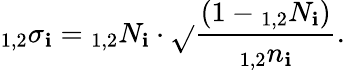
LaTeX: _{1,2}\sigma_{\mathbf{i}}={_{1,2}N_{\mathbf{i}}\cdot\sqrt{}{{\frac{{(1-{_{1,2}N_{\mathbf{i}}})}}{{{_{1,2}n_{\mathbf{i}}}}}}}}.